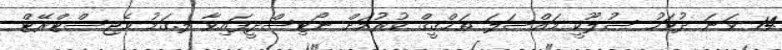
14 ވަނަ ދުވަހު ސުލޫކީ މައްސަލަ ތަޙްޤީޤް ކުރުމަށް ނޯޓިސްދީފައިވާ ލ.ގަމު މެޖިސްޓްރޭޓް